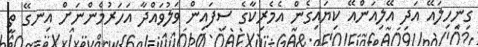
ގިނިހިލައޭ އަދި އޭލިއަންއޭ ކިޔައިގެން އެމެރިކާގެ ސިފައިން ވަލުވައްދާ އަހަރުމެންނަށް އިނގޭ ތީ